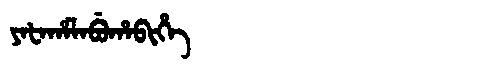
Manchu: ᠶᠠᡶᠠᡥᠠᠯᠠᠪᡠᡥᠠᠪᡳᡥᡝ
Romanization: YAFAHALABUHABIHE